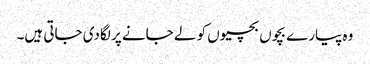
وہ پیارے بچوں بچیوں کو لے جانے پر لگادی جاتی ہیں۔